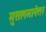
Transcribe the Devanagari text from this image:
मुसलमानेतर